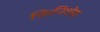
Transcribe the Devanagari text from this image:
फिनिशेस